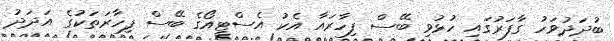
ބުދަދުވަހު ގާފަރުގައި ހުޅުވި ބޭސް ފިހާރައާ އެކު އެސްޓީއޯގެ ބޭސް ފިހާރަތަކުގެ އަދަދު